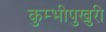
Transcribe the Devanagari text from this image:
कुम्भीपुखुरी